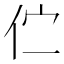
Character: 伫